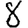
Digit: 8